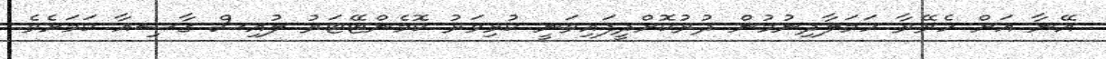
އޭނާ އަށް ހެރޭރާ ހަމަލާދިނުމުން ދުރުކޮށްދީފައިވަނީ ކުޅިވަރު ކޮމެންޓޭޓަރު ލުއިސް ގާސިއާ ކަމަށެވެ.